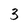
Character: 3